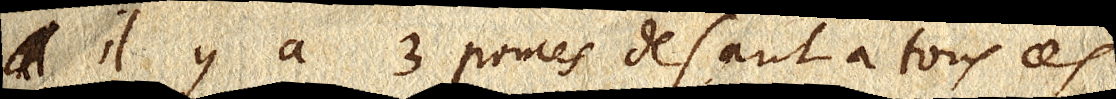
Il y a 3 pouces de saut à tous ces